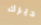
ديرك